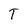
Character: T